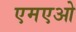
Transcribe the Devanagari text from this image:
एमएओ